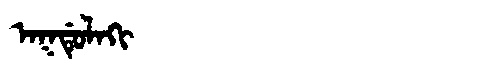
Manchu: ᠠᡴᡩᡠᠯᠠᡴᡳ
Romanization: AKDULAKI